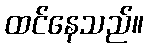
ထင်နေသည်။